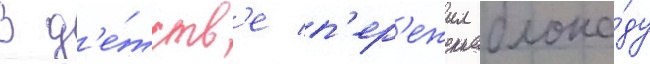
В д'е́тств'е п'ер'ежил блока́ду